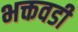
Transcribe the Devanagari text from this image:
भक्तवडी